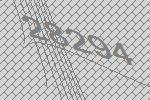
28294